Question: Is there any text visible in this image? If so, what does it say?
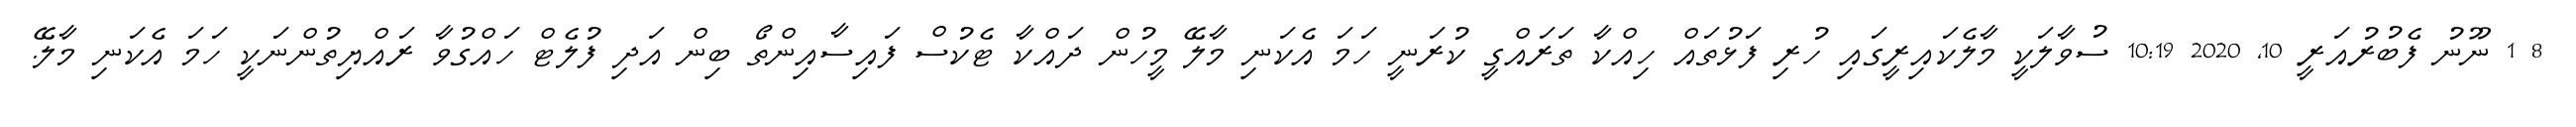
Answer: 8 1 ނޫނު ފެބުރުއަރީ 10, 2020 10:19 ސުވާލަކީ މާލެކައިރީގައި ހުރި ފަޅުތައް ހިއްކާ ތަރައްގީ ކުރަނީ ހަމަ އެކަނި މާލޭ މީހުން ދައްކާ ޓެކުސް ފައިސާއިންތޯ ބިން އަދި ފުލެޓް ހައްގުވާ ރައްޔިތުންނަކީ ހަމަ އެކަނި މާލޭ.